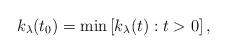
LaTeX: \begin{align*}k_\lambda(t_0)=\min \left[k_\lambda(t): t>0\right], \end{align*}